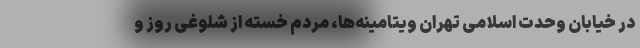
در خیابان وحدت اسلامی تهران ویتامینه‌ها، مردم خسته از شلوغی روز و